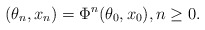
\begin{align*}(\theta_n, x_n) = \Phi^n(\theta_0, x_0), n \geq 0.\end{align*}